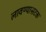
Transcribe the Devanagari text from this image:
लावण्यासटक